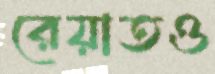
রেয়াতও